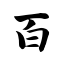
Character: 百